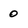
Character: 0